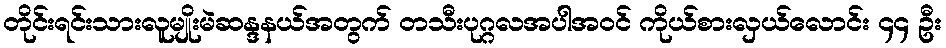
တိုင်းရင်းသားလူမျိုးမဲဆန္ဒနယ်အတွက် တသီးပုဂ္ဂလအပါအဝင် ကိုယ်စားလှယ်လောင်း ၄၄ ဦး